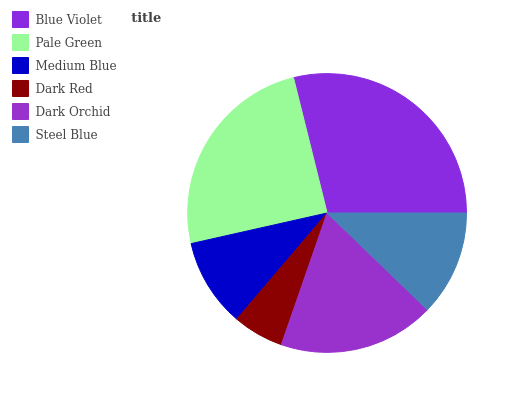
| Blue Violet | Pale Green | Medium Blue | Dark Red | Dark Orchid | Steel Blue |
 | --- | --- | --- | --- | --- | --- |
 | 28.8% | 24.7% | 10.2% | 5.9% | 18.1% | 12.2% |